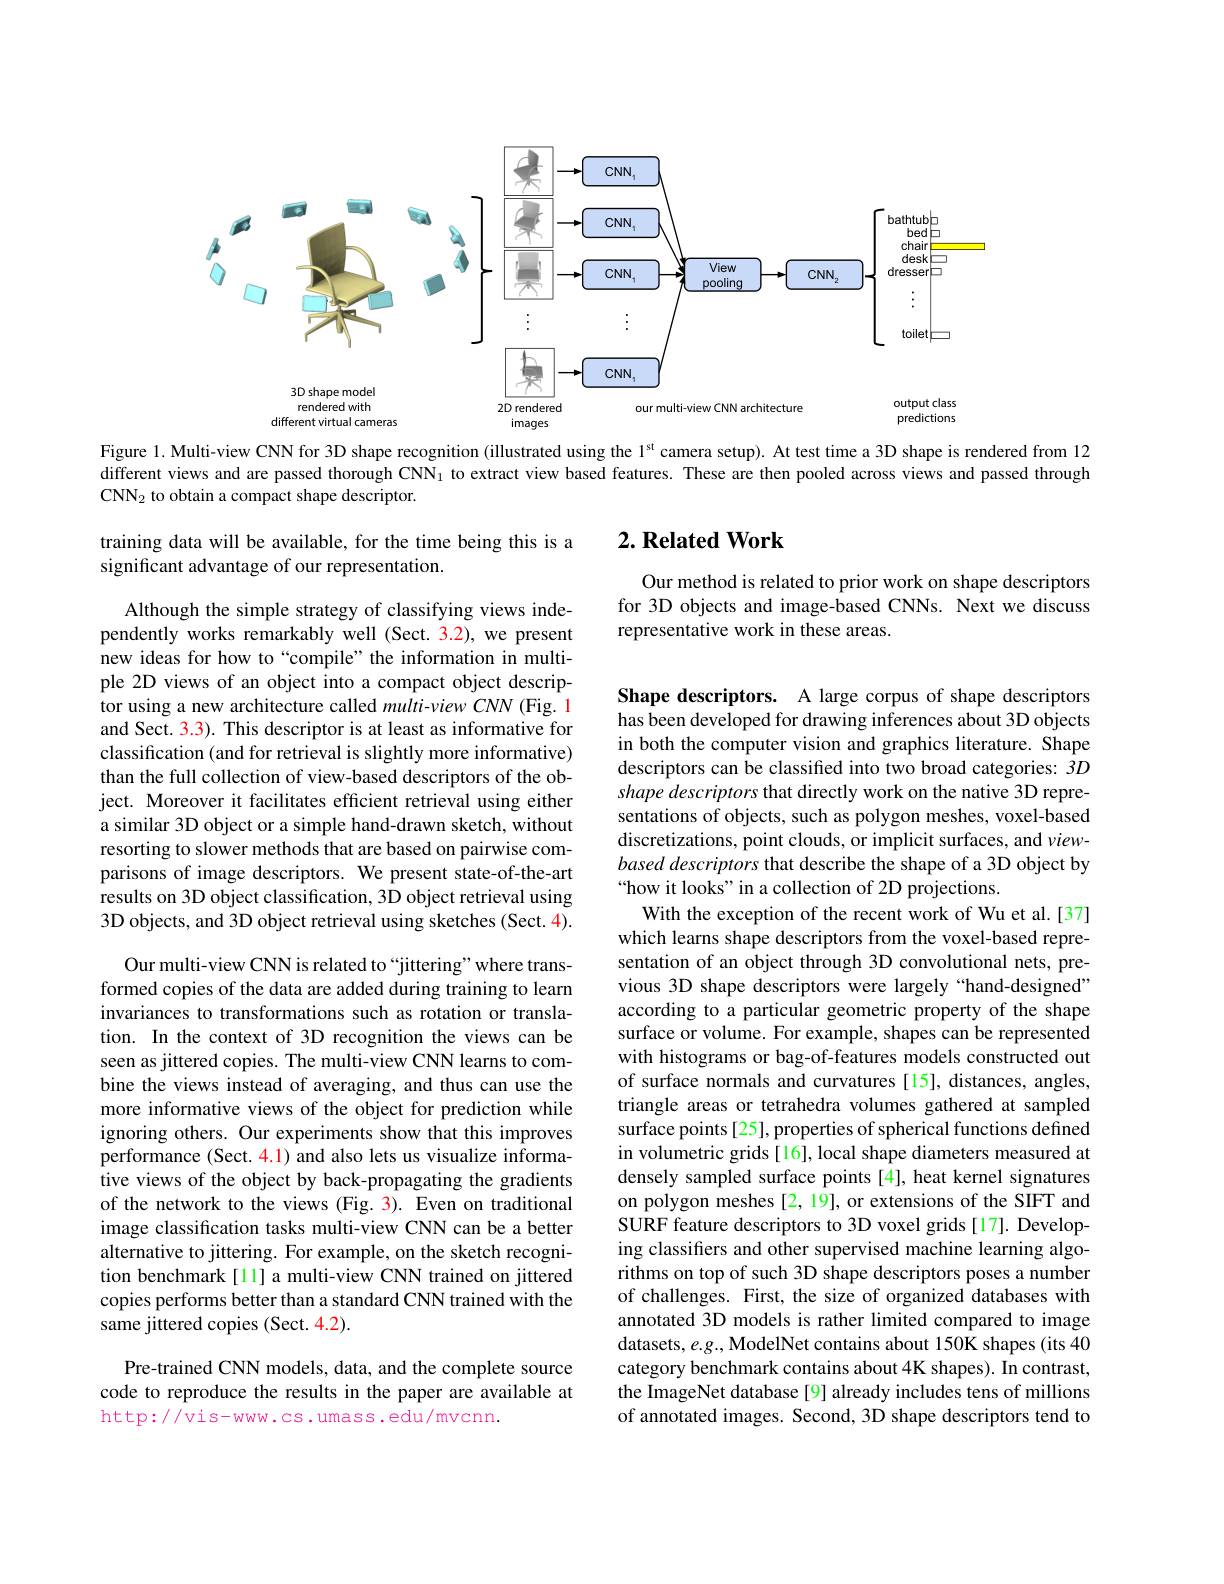
<FigureHere>

Figure 1. Multi-view CNN for 3D shape recognition (illustrated using the 1$^\mathrm{st}$ camera setup). At test time a 3D shape is rendered from 12 different views and are passed thorough CNN$_{1}$ to extract view based features. These are then pooled across views and passed through $CNN_{2} to obtain a compact shape descriptor.$

## $2. \textbf{ Related Work}$

training data will be available, for the time being this is a
significant advantage of our representation.

Our method is related to prior work on shape descriptors for 3D objects and image-based CNNs. Next we discuss representative work in these areas.

Although the simple strategy of classifying views independently works remarkably well (Sect. 3.2), we present new ideas for how to“compile”the information in multiple 2D views of an object into a compact object descriptor using a new architecture called multi-view CNN (Fig. 1 and Sect. 3.3). This descriptor is at least as informative for classification (and for retrieval is slightly more informative) than the full collection of view-based descriptors of the object. Moreover it facilitates efficient retrieval using either a similar 3D object or a simple hand-drawn sketch, without resorting to slower methods that are based on pairwise comparisons of image descriptors. We present state-of-the-art $\hat{\text{results on 3D object classification, 3D object retrieval using}}$ 3D objects, and 3D object retrieval using sketches (Sect. 4).

Shape descriptors. A large corpus of shape descriptors has been developed for drawing inferences about 3D objects in both the computer vision and graphics literature. Shape descriptors can be classified into two broad categories: $\hat{3}D$ shape descriptors that directly work on the native 3D representations of objects, such as polygon meshes, voxel-based discretizations, point clouds, or implicit surfaces, and viewbased descriptors that describe the shape of a 3D object by “how it looks” in a collection of 2D projections.
With the exception of the recent work of Wu et al.[37] which learns shape descriptors from the voxel-based representation of an object through 3D convolutional nets, previous 3D shape descriptors were largely“hand-designed” according to a particular geometric property of the shape surface or volume. For example, shapes can be represented with histograms or bag-of-features models constructed out of surface normals and curvatures [15], distances, angles, triangle areas or tetrahedra volumes gathered at sampled surface points[25], properties of spherical functions defined in volumetric grids [16], local shape diameters measured at densely sampled surface points [4], heat kernel signatures on polygon meshes [2, 19], or extensions of the SIFT and SURF feature descriptors to 3D voxel grids[17]. Developing classifiers and other supervised machine learning algorithms on top of such 3D shape descriptors poses a number of challenges. First, the size of organized databases with annotated 3D models is rather limited compared to image datasets, $e.g.$, ModelNet contains about 150K shapes (its 40 category benchmark contains about 4K shapes). In contrast, the ImageNet database [9] already includes tens of millions of annotated images. Second, 3D shape descriptors tend to

Our multi-view CNN is related to “jittering”where transformed copies of the data are added during training to learn invariances to transformations such as rotation or translation. In the context of 3D recognition the views can be seen as jittered copies. The multi-view CNN learns to combine the views instead of averaging, and thus can use the more informative views of the object for prediction while ignoring others. Our experiments show that this improves performance (Sect. 4.1) and also lets us visualize informative views of the object by back-propagating the gradients of the network to the views (Fig. 3). Even on traditional image classification tasks multi-view CNN can be a better alternative to jittering. For example, on the sketch recognition benchmark[1] a multi-view CNN trained on jittered copies performs better than a standard CNN trained with the same jittered copies (Sect. 4.2).

Pre-trained CNN models, data, and the complete source code to reproduce the results in the paper are available at http://vis-www.cs.umass.edu/mvcnn.